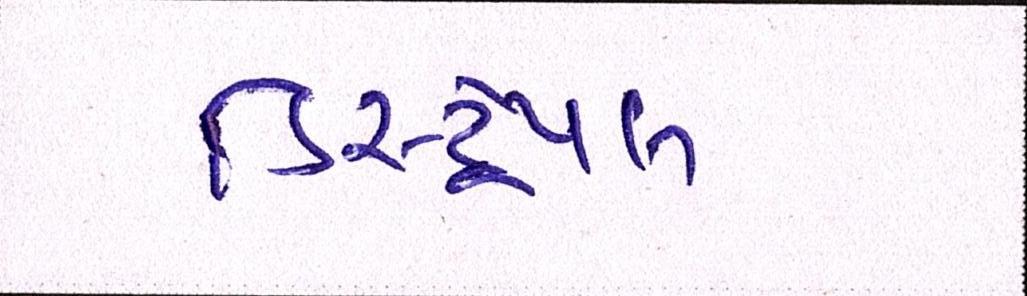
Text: ડિસ્ટ્રપેબલ